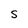
Character: S